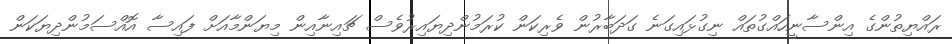
ރައްޔިތުންގެ އިންސާނީހައްގުތައް ނިގުޅައިގަނެ ގަދަބާރުން ވެރިކަން ކުރަމުންދިޔައިރުވެސް ޗައިނާއިން މިޔަންމާއަށް ފައިސާ އޮއްސަމުންދިޔަކަން